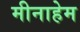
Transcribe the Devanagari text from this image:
मीनाहेम